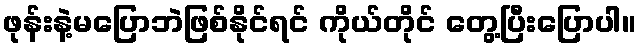
ဖုန်းနဲ့မပြောဘဲဖြစ်နိုင်ရင် ကိုယ်တိုင် တွေ့ပြီးပြောပါ။